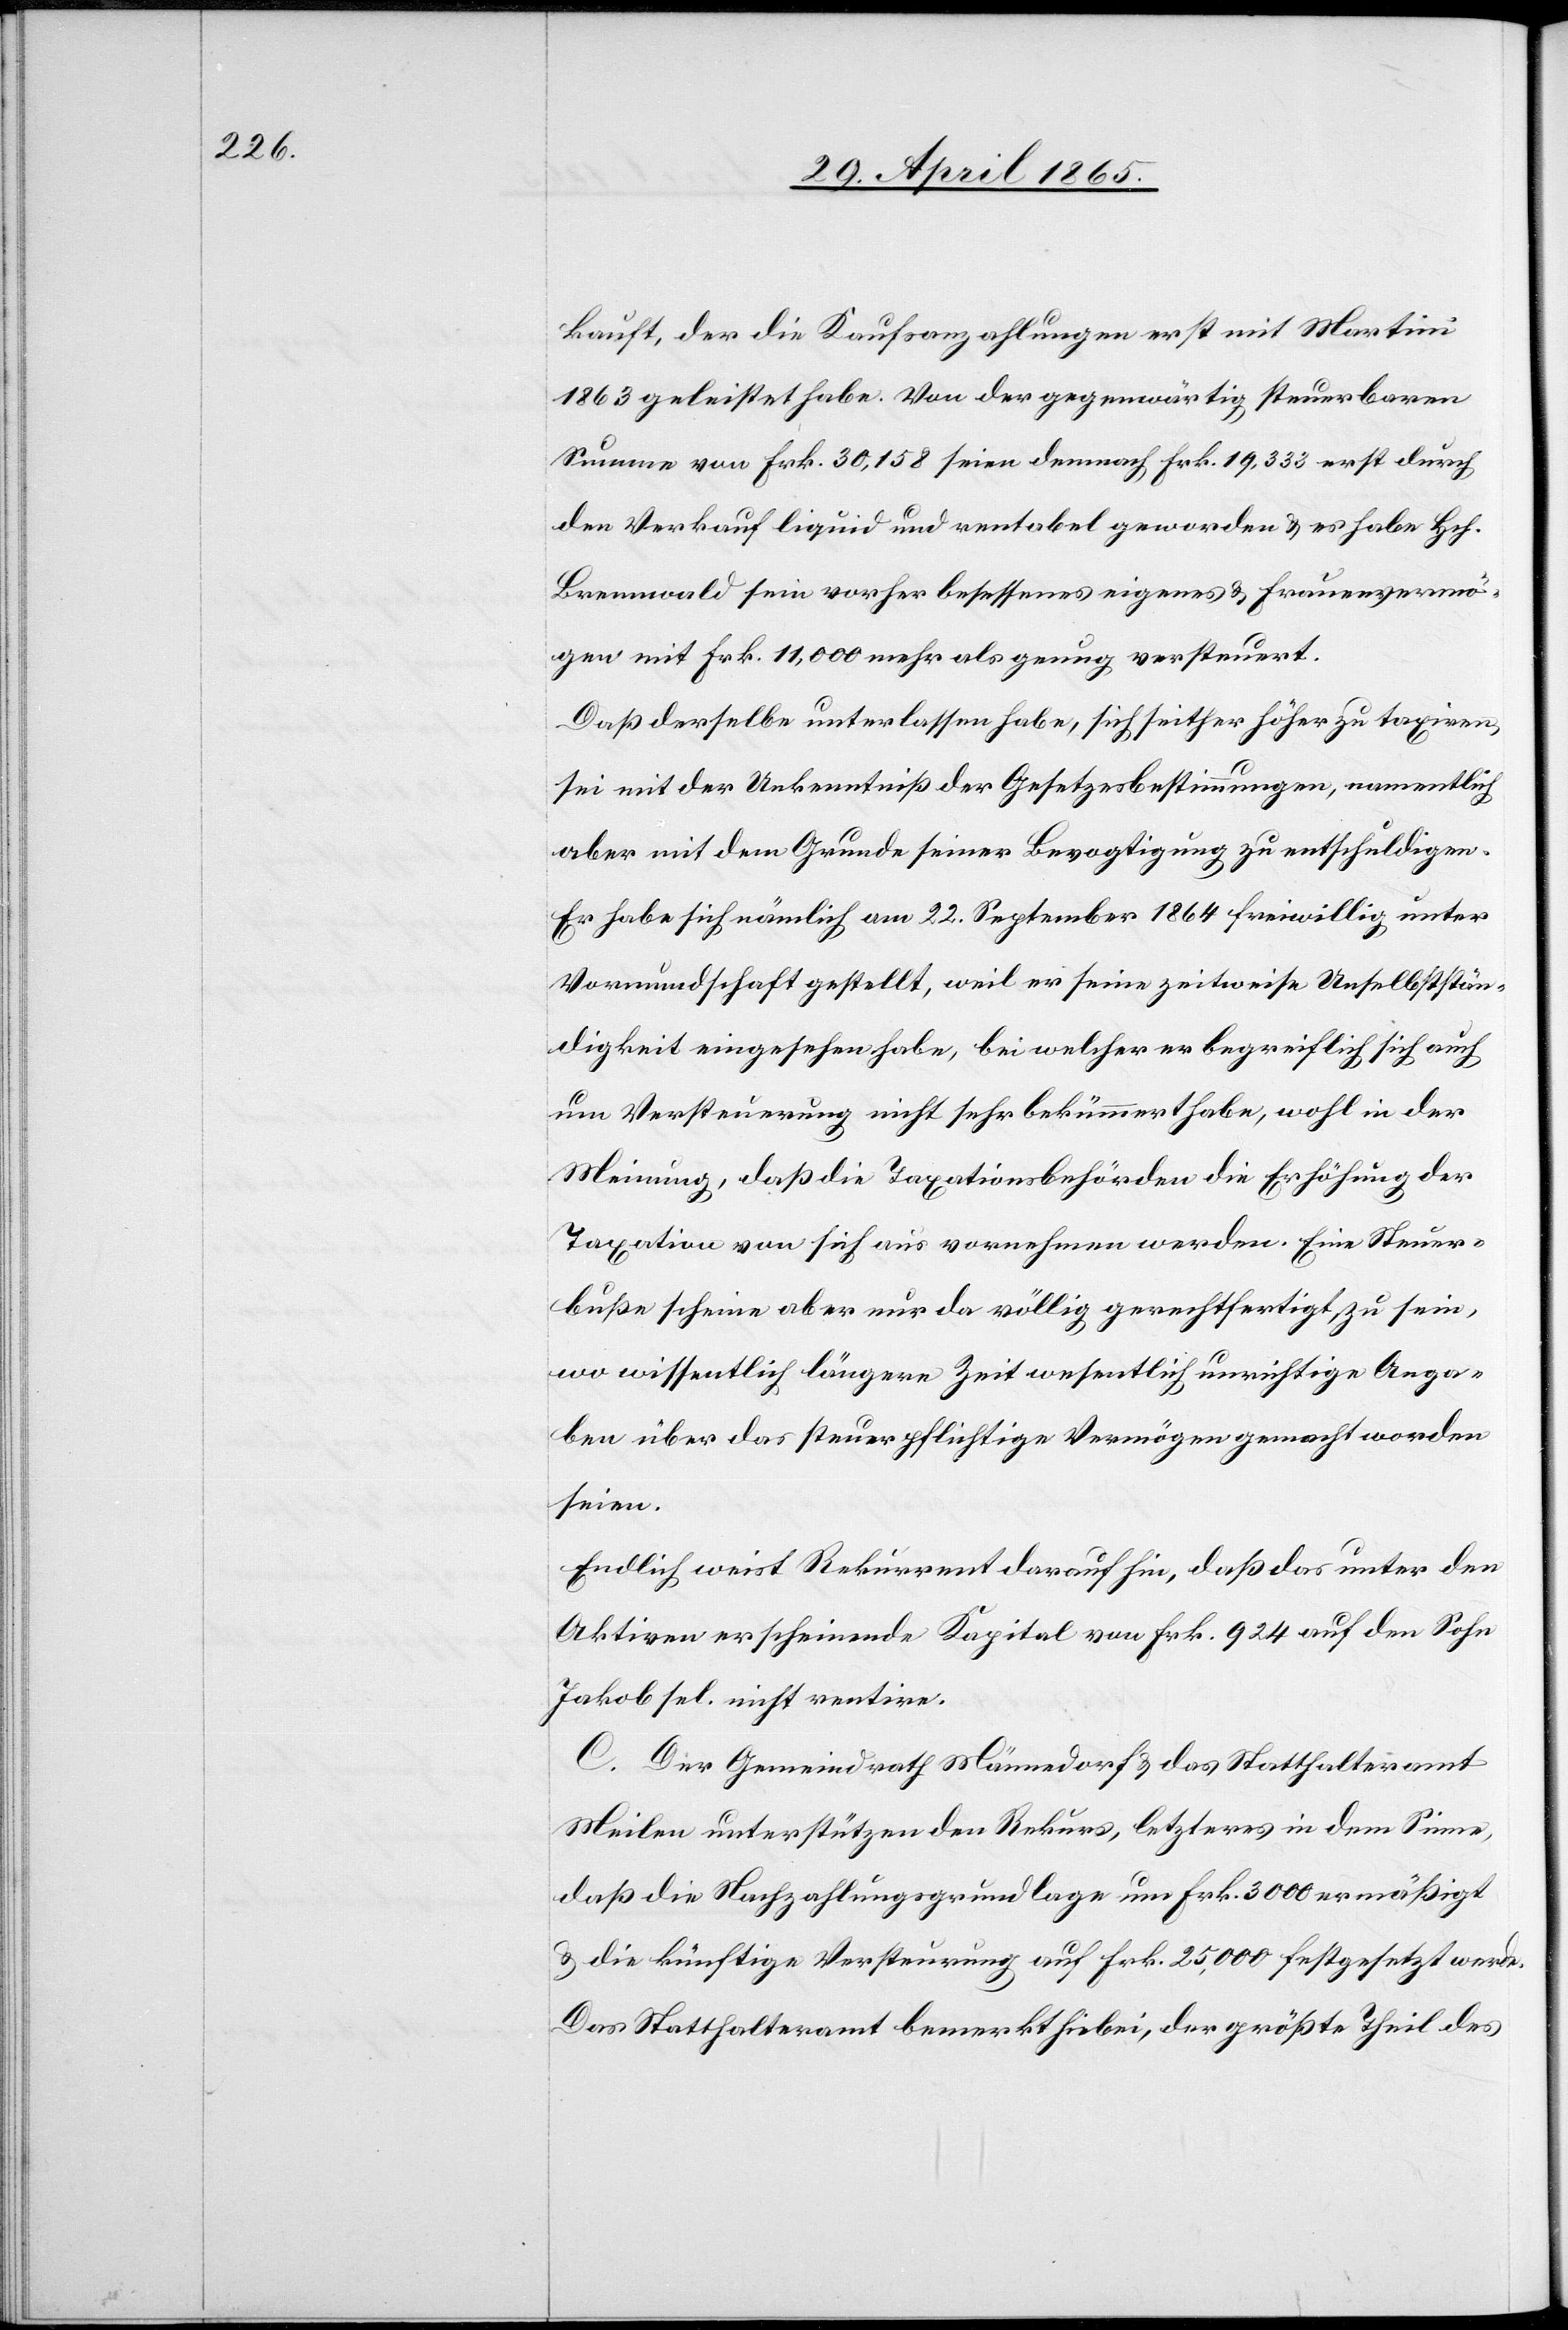
kauft, der die Kaufsanzahlungen erst mit Martini
1863 geleistet habe. Von der gegenwärtig steuerbaren
Summe von Frk. 30,158 seien demnach Frk. 19,333 erst durch
den Verkauf liquid und rentabel geworden & es habe Hch.
Brennwald sein vorher besessenes eigenes & Frauenvermö¬
gen mit Frk. 11,000 mehr als genug versteuert.
Daß derselbe unterlassen habe, sich seither höher zu taxiren,
sei mit der Unkenntniß der Gesetzesbestimmungen, namentlich
aber mit dem Grunde seiner Bevogtigung zu entschuldigen.
Er habe sich nämlich am 22. September 1864 freiwillig unter
Vormundschaft gestellt, weil er seine zeitweise Unselbststän¬
digkeit eingesehen habe, bei welcher er begreiflich sich auch
um Versteuerung nicht sehr bekümmert habe, wohl in der
Meinung, daß die Taxationsbehörden die Erhöhung der
Taxation von sich aus vornehmen werden. Eine Steuer¬
buße scheine aber nur da völlig gerechtfertigt zu sein,
wo wissentlich längere Zeit wesentlich unrichtige Anga¬
ben über das steuerpflichtige Vermögen gemacht worden
seien.
Endlich weist Rekurrent darauf hin, daß das unter den
Aktiven erscheinende Kapital von Frk. 924 auf den Sohn
Jakob sel. nicht rentire.
C. Der Gemeindrath Männedorf & das Statthalteramt
Meilen unterstützen den Rekurs, letzteres in dem Sinne,
daß die Nachzahlungsgrundlage um Frk. 3000 ermäßigt
& die künftige Versteurung auf Frk. 25,000 festgesetzt werde.
Das Statthalteramt bemerkt hiebei, der größte Theil des